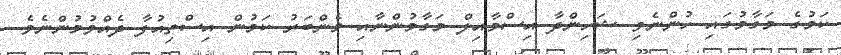
ކަމުގެ މަގާމުގައި ހުންނެވި ޝަހިންދާ އިސްމާއިލް މަގާމުންނާއި މެންބަރު ކަމުން އިސްތިއުފާ ދެއްވުމުންނެވެ.